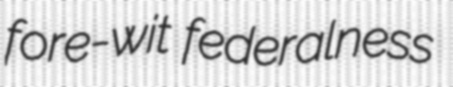
fore-wit federalness